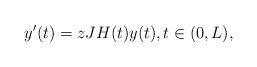
LaTeX: \begin{align*}y'(t) = zJH(t)y(t),t\in(0,L),\end{align*}